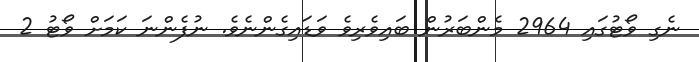
ނެގި ވޯޓުގައި 2964 މެންބަރުން ބައިވެރިވެ ވަޑައިގެންނެވެ. ނުފެންނަ ކަމަށް ވޯޓު 2